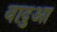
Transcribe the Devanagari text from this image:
वादुआ